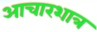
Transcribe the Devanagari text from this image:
आचारशात्र